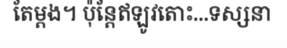
តែម្តង។ ប៉ុន្តែឥឡូវតោះ...ទស្សនា